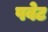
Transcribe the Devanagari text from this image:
पवेट